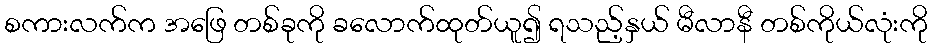
စကားလက်က အဖြေ တစ်ခုကို ခလောက်ထုတ်ယူ၍ ရသည့်နှယ် မီလာနီ တစ်ကိုယ်လုံးကို